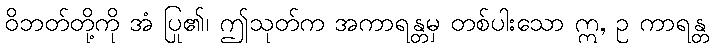
ဝိဘတ်တို့ကို အံ ပြု၏၊ ဤသုတ်က အကာရန္တမှ တစ်ပါးသော ဣ, ဥ ကာရန္တ